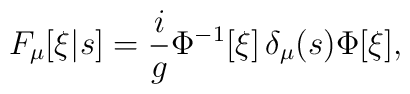
F_\mu[\xi|s] = \frac{i}{g} \Phi^{-1}[\xi]\, \delta_\mu(s) \Phi[\xi],